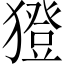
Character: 𤢈